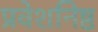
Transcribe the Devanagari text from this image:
प्रवेशनिष्ठ